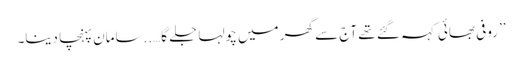
’’روفی بھائی کہہ گئے تھے آج سے گھر میں چولہا جلے گا…..سامان پہنچا دینا۔